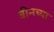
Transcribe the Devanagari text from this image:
बीनच्या